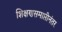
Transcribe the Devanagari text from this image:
शिक्षणसमाप्तीनंतर